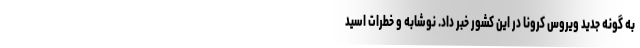
به گونه جدید ویروس کرونا در این کشور خبر داد. نوشابه‌ و خطرات اسید